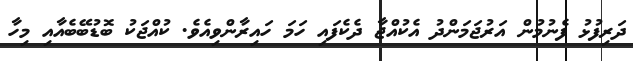
ދަރިފުޅު ފެނުމުން އަރުޖަމަންދު އެކުއްޖާ ދެކެފައި ހަމަ ހައިރާންވިއެވެ. ކުއްޖަކު ބޮޑުބޭބެއާއި މިހާ